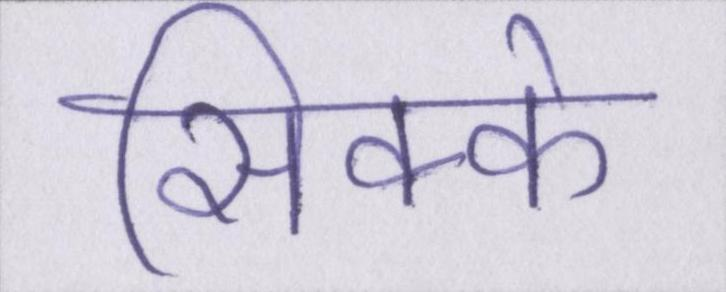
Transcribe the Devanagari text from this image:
सिक्के